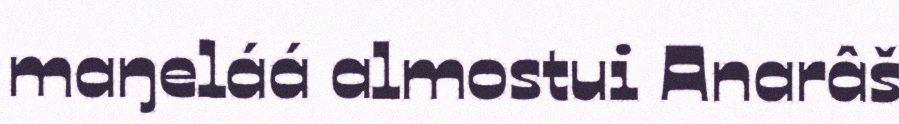
maŋeláá almostui Anarâš